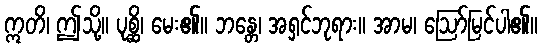
ဣတိ၊ ဤသို့။ ပုစ္ဆိ၊ မေး၏။ ဘန္တေ၊ အရှင်ဘုရား။ အာမ၊ ဩော်မြင်ပါ၏။